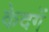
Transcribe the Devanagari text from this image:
केदगें